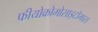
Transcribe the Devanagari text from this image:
फीयोक्रोमोसाइटोमास